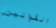
القوانين